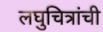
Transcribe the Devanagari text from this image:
लघुचित्रांची